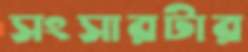
সংসারটার